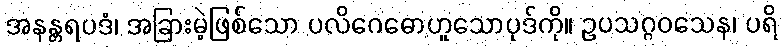
အနန္တရပဒံ၊ အခြားမဲ့ဖြစ်သော ပလိဂေဓောဟူသောပုဒ်ကို။ ဥပသဂ္ဂဝသေန၊ ပရိ